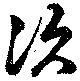
次